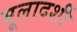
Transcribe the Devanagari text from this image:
मूलादर्शी